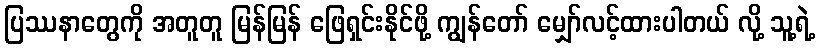
ပြဿနာတွေကို အတူတူ မြန်မြန် ဖြေရှင်းနိုင်ဖို့ ကျွန်တော် မျှော်လင့်ထားပါတယ် လို့ သူ့ရဲ့